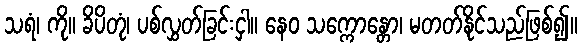
သရံ၊ ကို။ ခိပိတုံ၊ ပစ်လွှတ်ခြင်းငှါ။ နေဝ သက္ကောန္တော၊ မတတ်နိုင်သည်ဖြစ်၍။